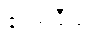
ဧဝံဝါဒီသု